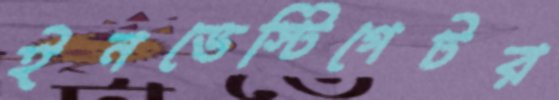
ইনভেস্টিগেটর